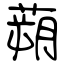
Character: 蒴